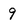
Character: 9